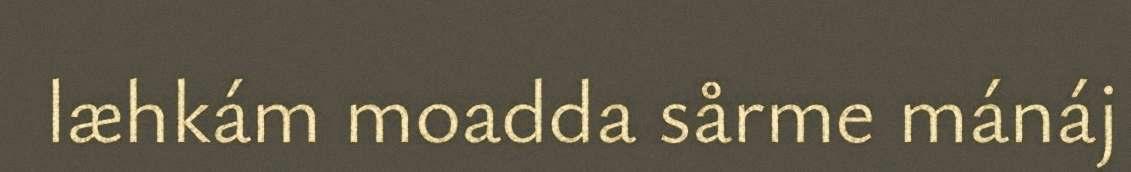
læhkám moadda sårme mánáj